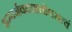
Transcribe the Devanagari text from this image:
क्षमार्जवदयातोषसत्यं